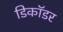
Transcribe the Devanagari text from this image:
डिकॉडर